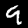
Label: 9